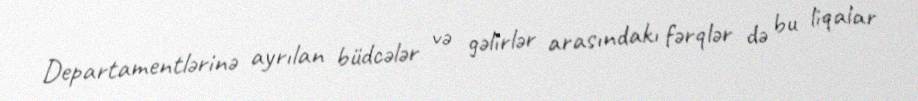
Departamentlərinə ayrılan büdcələr və gəlirlər arasındakı fərqlər də bu liqalar